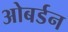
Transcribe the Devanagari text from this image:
ओबर्डन